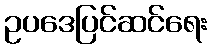
ဥပဒေပြင်ဆင်ရေး